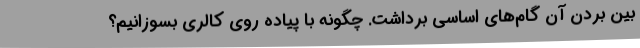
بین بردن آن گام‌های اساسی برداشت. چگونه با پیاده روی کالری بسوزانیم؟